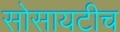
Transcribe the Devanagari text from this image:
सोसायटीच